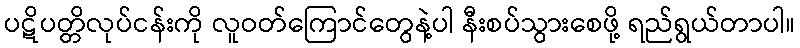
ပဋိပတ္တိလုပ်ငန်းကို လူဝတ်ကြောင်တွေနဲ့ပါ နီးစပ်သွားစေဖို့ ရည်ရွယ်တာပါ။